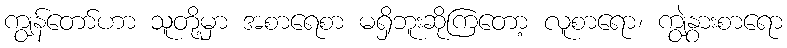
ကျွန်တော်ဟာ သူတို့မှာ အစာရေစာ မရှိဘူးဆိုကြတော့ လူစာရော၊ ကျွဲနွားစာရော